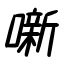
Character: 噺